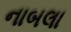
નાબલા